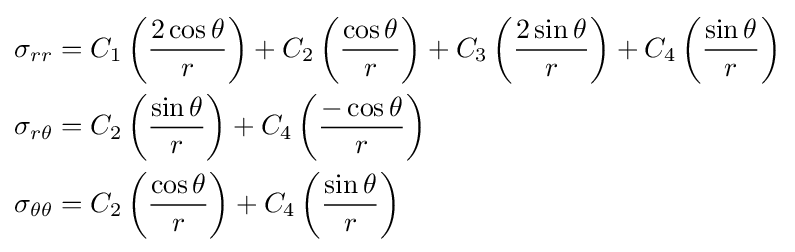
{\begin{aligned}\sigma _{rr}&=C_{1}\left({\frac {2\cos \theta }{r}}\right)+C_{2}\left({\frac {\cos \theta }{r}}\right)+C_{3}\left({\frac {2\sin \theta }{r}}\right)+C_{4}\left({\frac {\sin \theta }{r}}\right)\\\sigma _{r\theta }&=C_{2}\left({\frac {\sin \theta }{r}}\right)+C_{4}\left({\frac {-\cos \theta }{r}}\right)\\\sigma _{\theta \theta }&=C_{2}\left({\frac {\cos \theta }{r}}\right)+C_{4}\left({\frac {\sin \theta }{r}}\right)\end{aligned}}